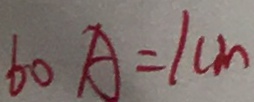
6 0 A = 1 c m